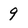
Character: 9